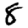
Digit: 8